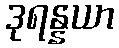
ဒုရန္နယာ